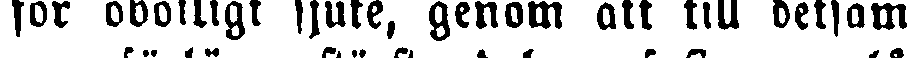
för obotligt sjuke, genom att till detsam